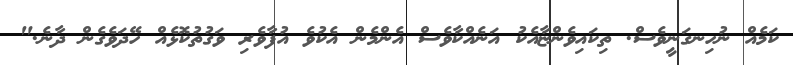
ކަމެއް ނުހިނގަނީވެސް. ތިކައިވެންޏާއެކު އަނެއްކާވެސް އެންމެން އެކުވެ އުފާވެރި ވަގުތުކޮޅެއް ހޭދަވެގެން ދާނެ."